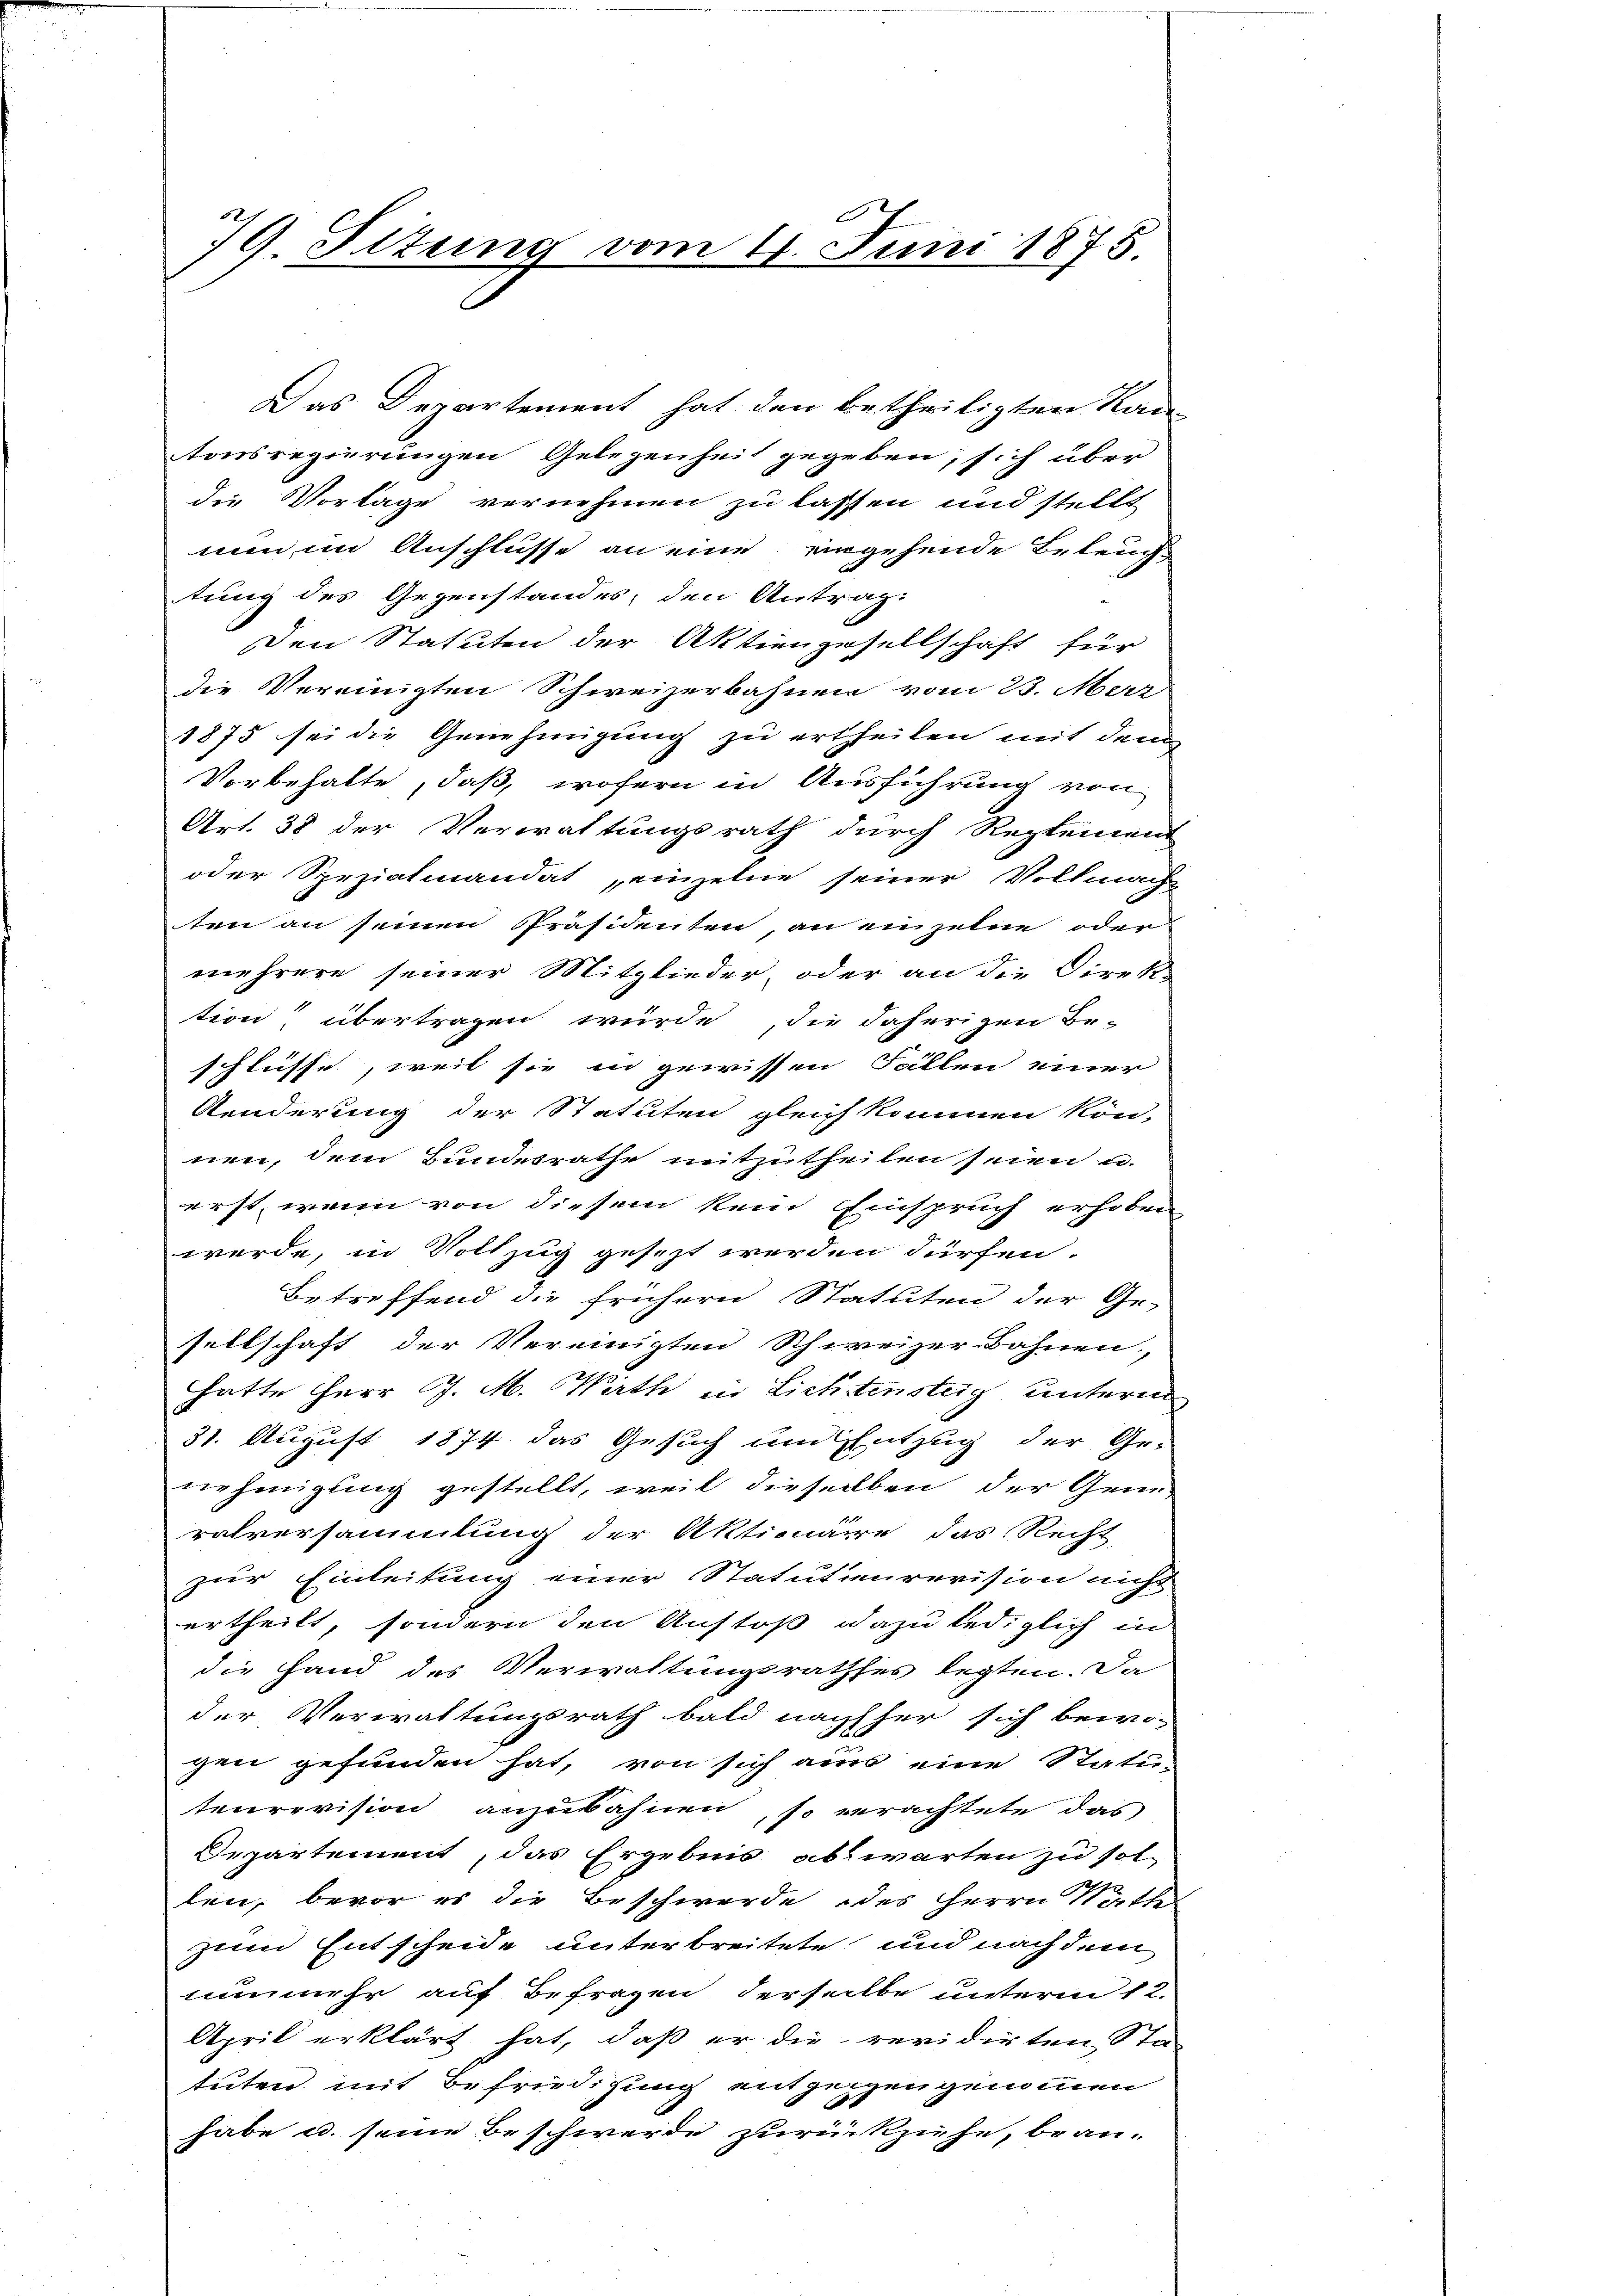
E
79. Titung vom 11. Juni 1875.

tung des Gegenstandes, den Antrag
Den Statuten der Aktiengesellschaft für
die Vereinigten Schweizerbahnen vom 23. Mar
1875 sei die Genehmigung zu ertheilen mit dem
Vorbehalte, daß, wofern in Ausführung von
Art. 38 der Verwaltungsrath durch Reglement
oder Spezialmandat einzelne seiner Vollmacht
ten an seinen Präsidenten an einzelne oder
mehrere seiner Mitglieder, oder an die Direkt
tion übertragen würde, die daherigen Be-
schlüsse, weil sie in gewissen Fällen einer
Aenderung der Statuten gleich kommen kön-
nen, dem Bundesrathe mitzutheilen seien u.
erst, wenn von diesem kein Einspruch erhoben
werde, in Vollzug gesezt werden dürfen.
Betreffend die frühern Statuten der Ge-
sellschaft der Vereinigten Schweizer-Bahnen,
hatte Herr J. M. Wirth in Lichtensteig unterm
31. August 1874 das Gesuch um Entzug der Ge-
nehmigung gestellt, weil dieselben der Gene-
ralversammlung der Aktionaire das Recht
zur Einleitung einer Statutenrevision nicht
ertheilt, sondern den Anstoß dazu lediglich in
die Hand des Verwaltungsrathes legten. Da
der Verwaltungsrath bald nachher sich bewo-
gen gefunden hat, von sich aus eine Statu-
tenrevision anzubahnen, so verachtete das
Departement, das Ergebnis abwarten zu sol-
len, bevor es die Beschwerde des Herrn Rathe
zum Entscheide unterbreitete und nach dem
nunmehr auf Befragen derselbe unterm 12.
April erklärt hat, daß er die revidirten Statuten mit Befriedigung entzeigen genommen
habe u. seine Beschwerde zurückziehe, brau¬

Das Departement hat den betheiligten Kan
tonsregierungen Gelegenheit gegeben, sich über
die Vorlage vernehmen zu lassen und stellt
nun im Anschlusse an eine eingehende Beleuch¬